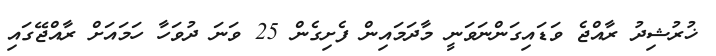
ޚުރުޝިދު ރާއްޖެ ވަޑައިގަންނަވަނީ މާދަމައިން ފެށިގެން 25 ވަނަ ދުވަހާ ހަމައަށް ރާއްޖޭގައި